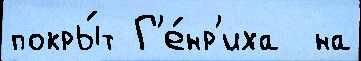
покры́т Г'е́нр'иха  на